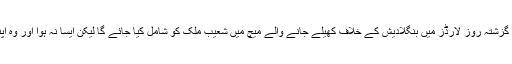
امکان ظاہر کیا جا رہا تھا کہ گزشتہ روز لارڈز میں بنگلادیش کے خلاف کھیلے جانے والے میچ میں شعیب ملک کو شامل کیا جائے گا لیکن ایسا نہ ہوا اور وہ اپنا الوداعی میچ نہ کھیل سکے۔